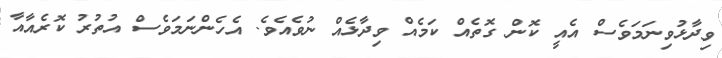
ވިދާޅުވިނަމަވެސް އެއީ ކޮން ގޮތެއް ކަމެއް ވިދާޅެއް ނުވެއެވެ. އެހެންނަމަވެސް އުތުރު ކޮރެއާއާ